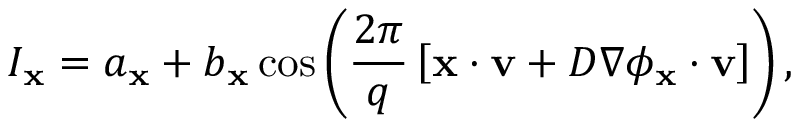
I _ { \mathbf { x } } = a _ { \mathbf { x } } + b _ { \mathbf { x } } \cos \left( \frac { 2 \pi } { q } \left[ \mathbf { x } \cdot \mathbf { v } + D \nabla \phi _ { \mathbf { x } } \cdot \mathbf { v } \right] \right) ,